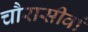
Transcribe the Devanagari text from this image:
चौरासीवां